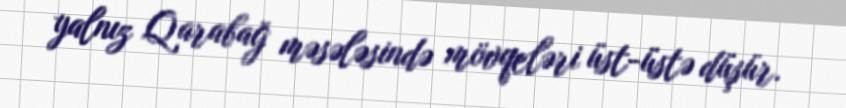
yalnız Qarabağ məsələsində mövqeləri üst-üstə düşür.